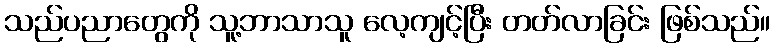
သည်ပညာတွေကို သူ့ဘာသာသူ လေ့ကျင့်ပြီး တတ်လာခြင်း ဖြစ်သည်။